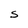
Character: S